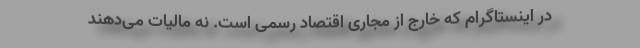
در اینستاگرام که خارج از مجاری اقتصاد رسمی است. نه مالیات می‌دهند